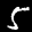
Label: 5